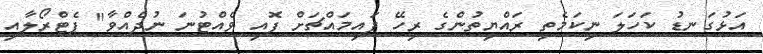
އަޅުގަނޑު ކަހަލަ ނިކަމެތި ރައްޔިތުންގެ ރިހޭ ފައިމައްޗަށް ފޮއި ވެއްޓުނަ ނުދެއްވާ" ޕެޓްރޯލާއި